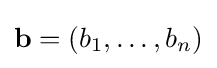
{\bf {b}}=(b_{1},\ldots ,b_{n})